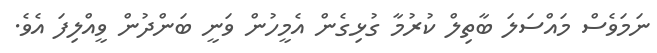
ނަމަވެސް މައްސަލަ ބާތިލް ކުރުމާ ގުޅިގެން އެމީހުން ވަނީ ބަންދުން ވީއްލިފަ އެވެ.